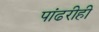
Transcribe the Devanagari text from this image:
पांढरीही